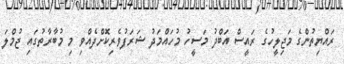
ރައްޔިތުންގެ މަޖިލީހުގެ ރައީސް އަބްދު މަސީހު މުހައްމަދު ޝަރަފުވެރިކޮށްދެއްވި މި މުބާރާތުގައި ޖުމްލަ